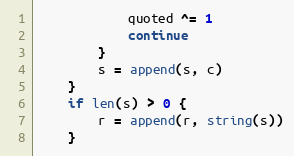
Language: Go
			quoted ^= 1
			continue
		}
		s = append(s, c)
	}
	if len(s) > 0 {
		r = append(r, string(s))
	}